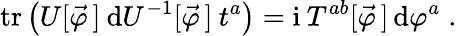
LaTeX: \mathrm{tr}\left(U[\vec{\varphi}\, ]\: \mathrm{d}U^{-1}[\vec{\varphi}\, ]\: t^{a}\right)=\mathrm{i}\: T^{ab}[\vec{\varphi}\, ]\, \mathrm{d}\varphi^{a}\; .